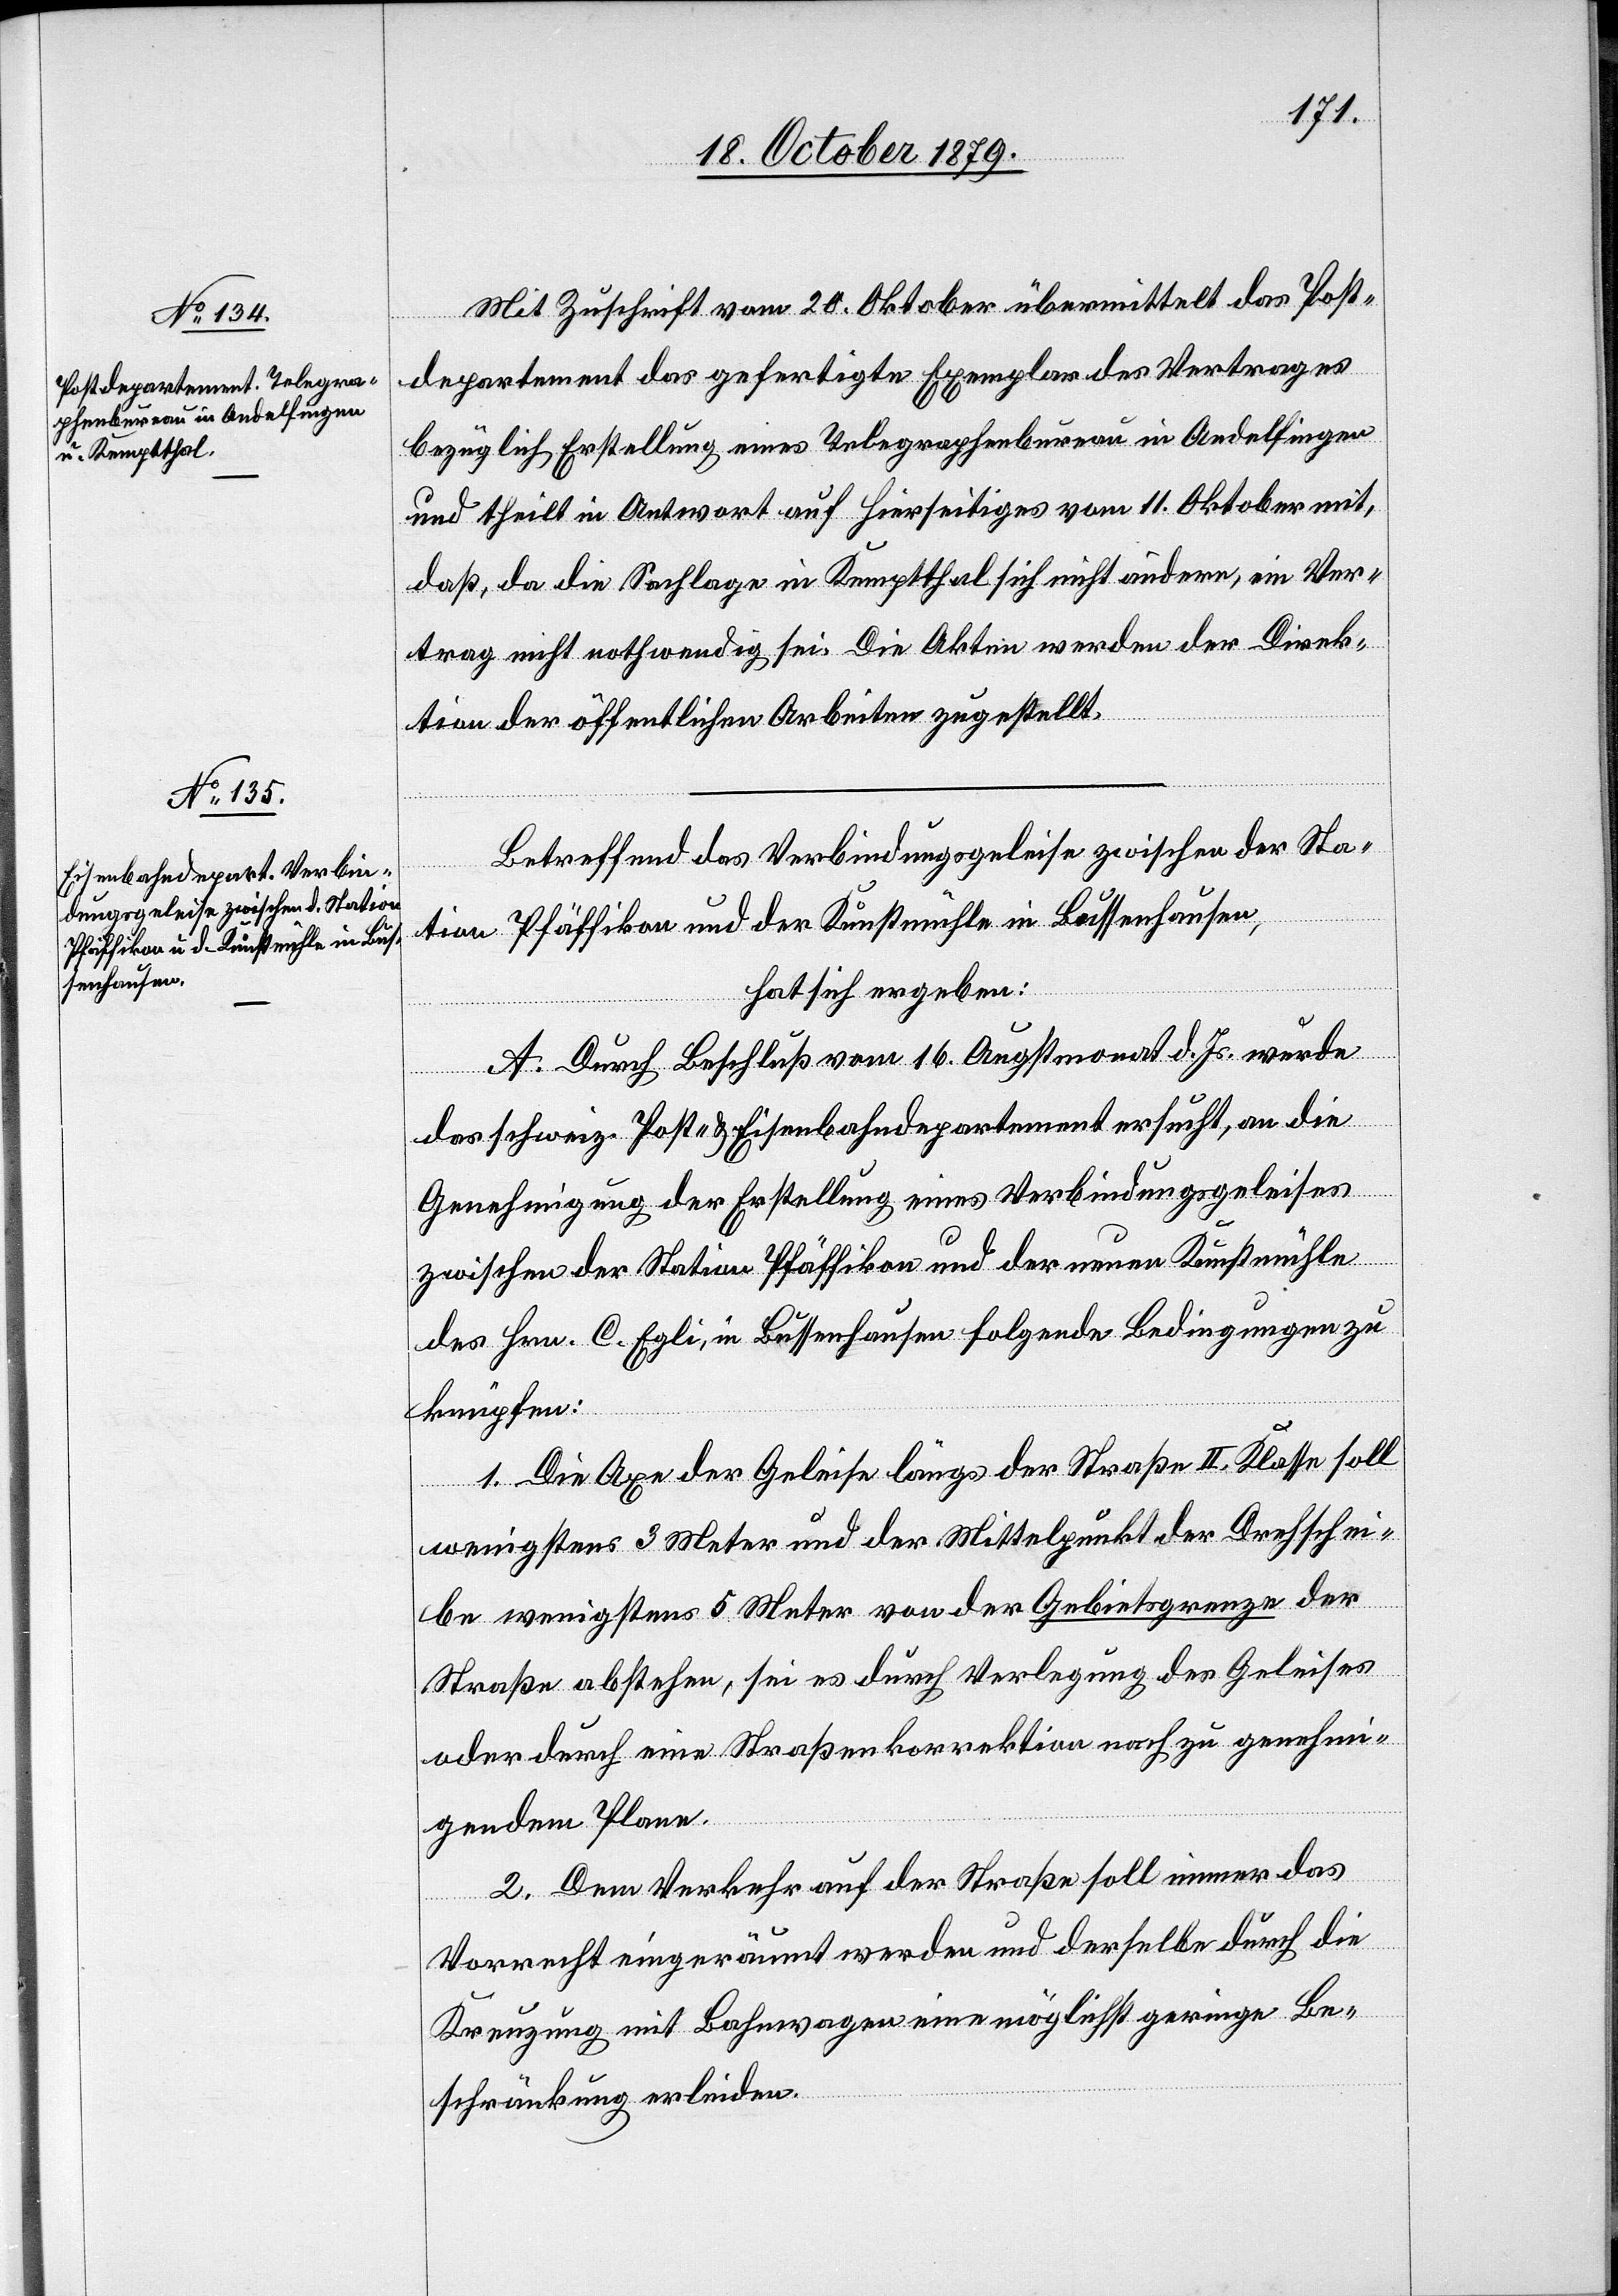
22. October 1879.]
Mit Zuschrift vom 20. Oktober übermittelt das Post¬
departement das gefertigte Exemplar des Vertrages
bezüglich Erstellung eines Telegraphenbureau in Andelfingen
und theilt in Antwort auf Hierseitiges vom 11. Oktober mit,
daß, da die Sachlage in Kemptthal sich nicht ändere ein Ver¬
trag nicht nothwendig sei. Die Akten werden der Direk¬
tion der öffentlichen Arbeiten zugestellt.
Betreffend das Verbindungsgeleise zwischen der Sta¬
tion Pfäffikon und der Kunstmühle Bussenhausen,
hat sich ergeben:
A. Durch Beschluß vom 16. Augstmonat d. Js. wurde
das schweiz. Post- & Eisenbahndepartement ersucht, an die
Genehmigung der Erstellung eines Verbindungsgeleises
zwischen der Station Pfäffikon und der neuen Kunstmühle
des Hrn. C. Egli, in Bussenhausen folgende Bedingungen zu
knüpfen:
1. Die Axe der Geleise längs der Straße II. Klasse soll
wenigstens 3 Meter und der Mittelpunkt der Drehschei¬
be wenigstens 5 Meter von der Gebietsgrenze der
Straße abstehen, sei es durch Verlegung des Geleises
oder durch eine Straßenkorrektion nach zu genehmi¬
genden Plane.
2. Dem Verkehr auf der Straße soll immer das
Vorrecht eingeräumt werden und derselbe durch die
Kreuzung mit Bahnwagen eine möglichst geringe Be¬
schränkung erleiden.